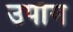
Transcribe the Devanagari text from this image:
उपाँग